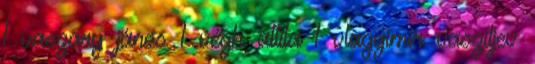
1 vaszary jános 1 végh attila 1 vlagyimir vasziljev